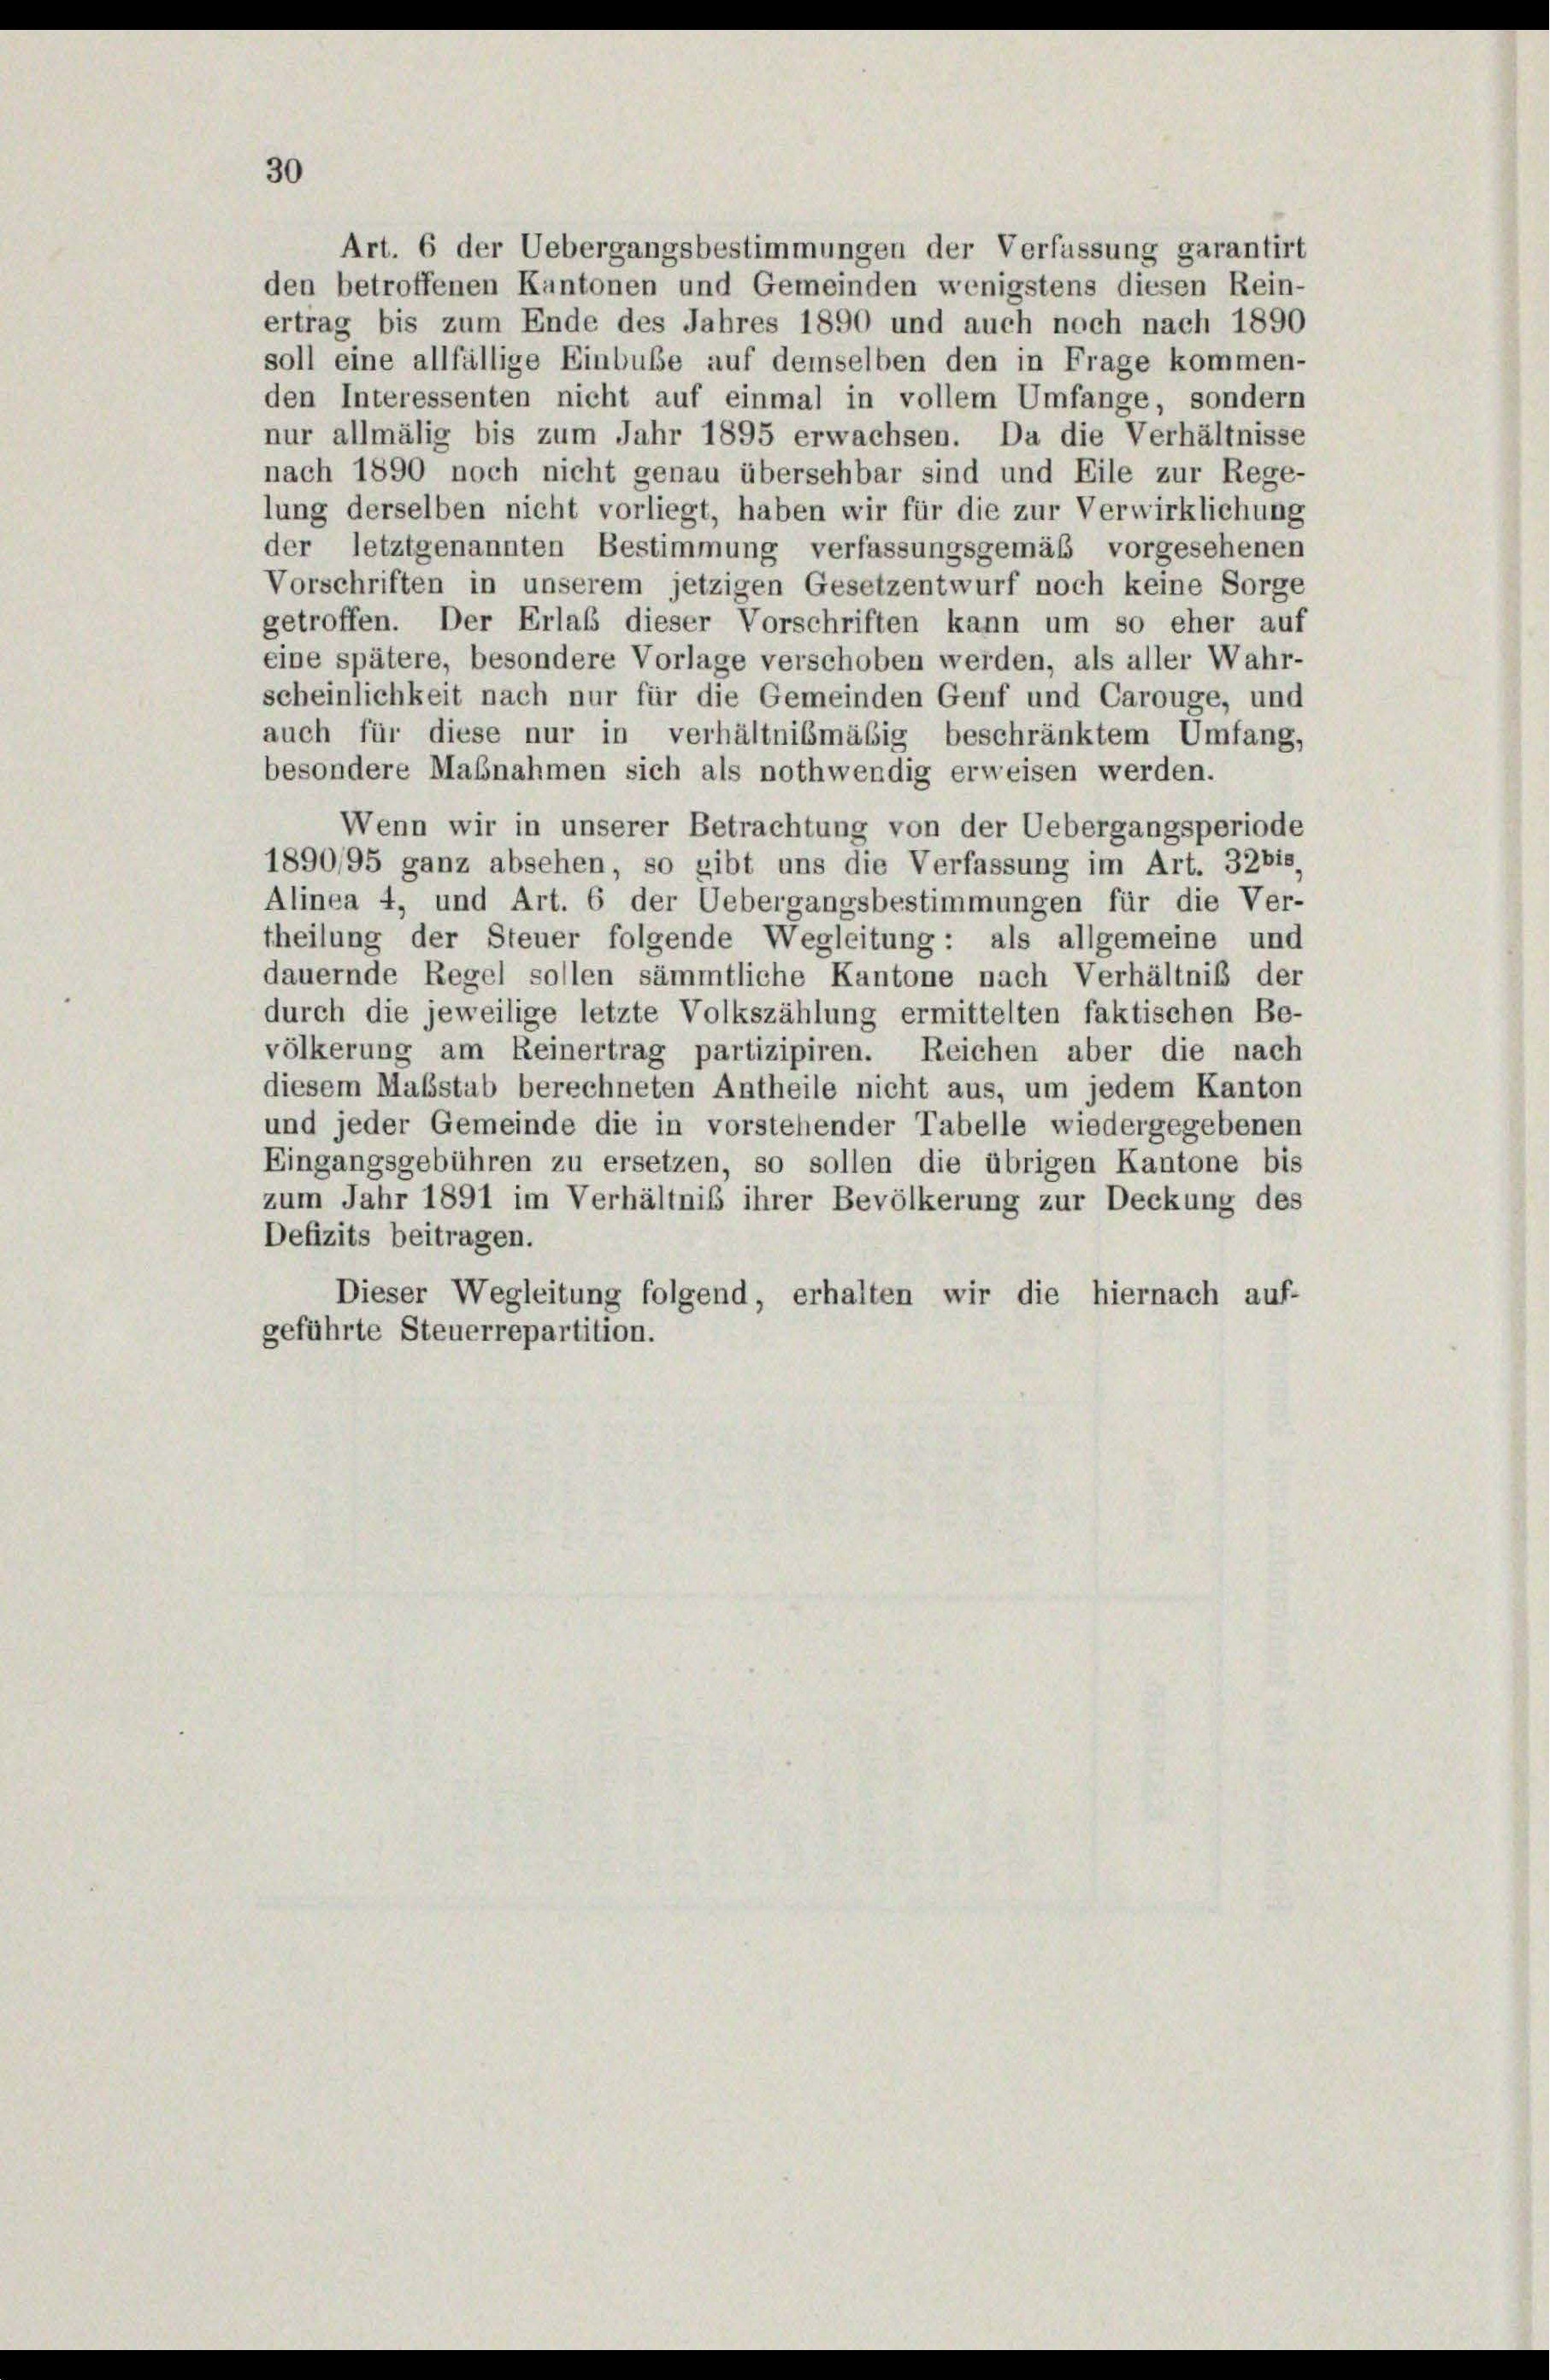
30

Art. 6 der Uebergangsbestimmungen der Verfassung garantirt
den betroffenen Kantonen und Gemeinden wenigstens diesen Rein-
ertrag bis zum Ende des Jahres 1890 und auch noch nach 1890
soll eine allfällige Einbube auf demselben den in Frage kommen-
den Interessenten nicht auf einmal in vollem Umfange, sondern
nur allmälig bis zum Jahr 1895 erwachsen. Da die Verhältnisse
nach 1890 noch nicht genau übersehbar sind und Eile zur Rege-
lung derselben nicht vorliegt, haben wir für die zur Verwirklichung
der letztgenannten Bestimmung verfassungsgemäß vorgesehenen
Vorschriften in unserem jetzigen Gesetzentwurf noch keine Sorge
getroffen. Der Erlaß dieser Vorschriften kann um so eher auf
eine spätere, besondere Vorlage verschoben werden, als aller Wahr-
scheinlichkeit nach nur für die Gemeinden Genf und Carouge, und
auch für diese nur in verhältnismäsig beschränktem Umfang,
besondere Maßnahmen sich als nothwendig erweisen werden.
Wenn wir in unserer Betrachtung von der Uebergangsperiode
1890/95 ganz absehen, so gibt uns die Verfassung im Art. 32bis,
Alinea 4, und Art. 6 der Uebergangsbestimmungen für die Ver-
theilung der Steuer folgende Wegleitung: als allgemeine und
dauernde Regel sollen sämmtliche Kantone nach Verhältniß der
durch die jeweilige letzte Volkszählung ermittelten faktischen Be-
völkerung am Reinertrag partizipiren. Reichen aber die nach
diesem Maßstab berechneten Antheile nicht aus, um jedem Kanton
und jeder Gemeinde die in vorstehender Tabelle wiedergegebenen
Eingangsgebühren zu ersetzen, so sollen die übrigen Kantone bis
zum Jahr 1891 im Verhältnis ihrer Bevölkerung zur Deckung des
Defizits beitragen.
Dieser Wegleitung folgend, erhalten wir die hiernach auf-
geführte Steuerrepartition.